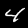
Label: 4